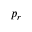
p _ { r }